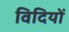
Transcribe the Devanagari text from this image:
विदियों